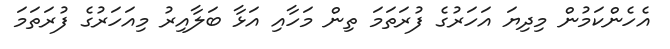
އެހެންކަމުން މިދިޔަ އަހަރުގެ ފުރަތަމަ ތިން މަހާއި އަޅާ ބަލާއިރު މިއަހަރުގެ ފުރަތަމަ